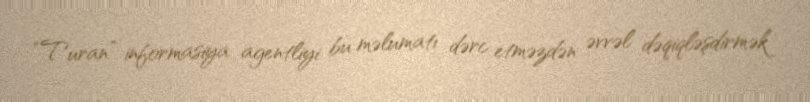
“Turan” informasiya agentliyi bu məlumatı dərc etməzdən əvvəl dəqiqləşdirmək